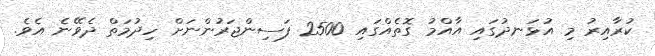
ކުރާއިރު މި އުޅަނދުގައި އާއްމު ގޮތެއްގައި 2500 ފަސިންޖަރުންނަށް ހިދުމަތް ދެވޭނެ އެވެ.